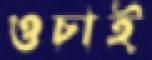
ওচাই